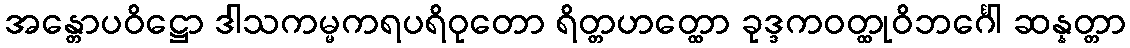
အန္တောပဝိဋ္ဌော ဒါသကမ္မကရပရိဝုတော ရိတ္တဟတ္ထော ခုဒ္ဒကဝတ္ထုဝိဘင်္ဂေါ ဆန္နတ္တာ